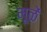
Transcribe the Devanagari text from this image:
मूळें